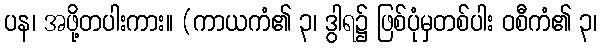
ပန၊ အဖို့တပါးကား။ (ကာယကံ၏ ၃၊ ဒွါရ၌ ဖြစ်ပုံမှတစ်ပါး ဝစီကံ၏ ၃၊